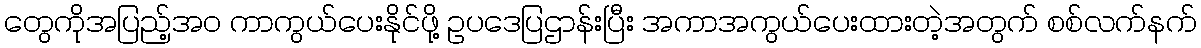
တွေကိုအပြည့်အဝ ကာကွယ်ပေးနိုင်ဖို့ ဥပဒေပြဌာန်းပြီး အကာအကွယ်ပေးထားတဲ့အတွက် စစ်လက်နက်